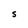
Character: S